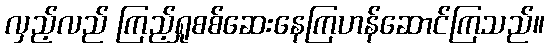
လှည့်လည် ကြည့်ရှုစစ်ဆေးနေကြဟန်ဆောင်ကြသည်။